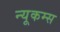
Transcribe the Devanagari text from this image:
न्यूकम्स